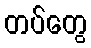
တပ်တွေ